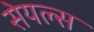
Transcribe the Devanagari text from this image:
सेयल्स